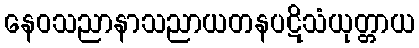
နေဝသညာနာသညာယတနပဋိသံယုတ္တာယ